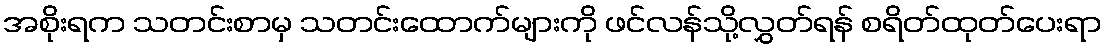
အစိုးရက သတင်းစာမှ သတင်းထောက်များကို ဖင်လန်သို့လွှတ်ရန် စရိတ်ထုတ်ပေးရာ